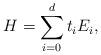
LaTeX: \begin{align*}H = \sum_{i=0}^d t_i E_i,\end{align*}